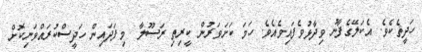
ހަދީޘެކެވެ. އެކަލޭގެފާނު ވިދާޅުވެފައިވެއެވެ. ހަމަ ކަށަވަރުން ކީރިތި ރަސޫލާ  މިފަދައިން ހަދީސްކުރައްވަނިކޮށް